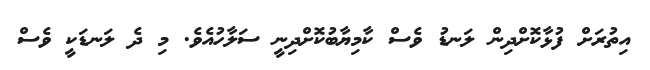
އިތުރަށް ފުޅާކޮށްދިން ލަނޑު ވެސް ކާމިޔާބުކޮށްދިނީ ސަލާހުއެވެ. މި ދެ ލަނޑަކީ ވެސް